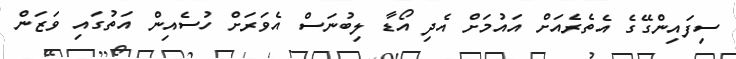
ސިފައިންގޭގެ އެތެރެއަށް އައުމަށް އެދި އޯޑާ ލިބުނަސް އެވަރަށް ހުސެއިން އަތުގައި ވަޒަން